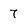
Character: 7